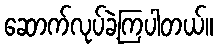
ဆောက်လုပ်ခဲ့ကြပါတယ်။